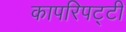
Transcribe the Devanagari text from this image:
कापरिपट्टी